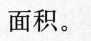
面积。